Civil Veterinary Department Bengal reports 1933-51 - 1933-1951
Year: 1933
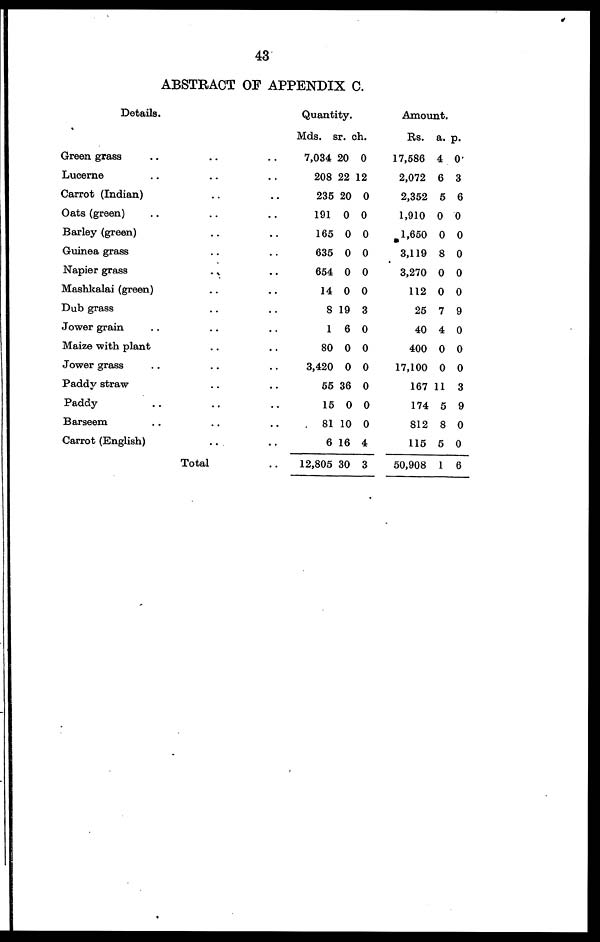
43
ABSTRACT OF APPENDIX C.
Details.
Green grass .. .. ..
Lucerne .. .. ..
Carrot (Indian) .. ..
Oats (green) .. .. ..
Barley (green) .. ..
Guinea grass .. ..
Napier grass .. ..
Mashkalai (green) .. ..
Dub grass.. ..
Jower grain .. .. ..
Maize with plant .. ..
Jower grass .. .. ..
Paddy straw .. ..
Paddy .. .. ..
Barseem .. .. ..
Carrot (English) .. ..
Total ..
Quantity.
Mds.
7,034
208
235
191
165
635
654
14
8
1
80
3,420
55
15
81
6
12,805
sr.
20
22
20
0
0
0
0
0
19
6
0
0
36
0
10
16
30
ch.
0
12
0
0
0
0
0
0
3
0
0
0
0
0
0
4
3
Amount.
Rs.
17,586
2,072
2,352
1,910
1,650
3,119
3,270
112
25
40
400
17,100
167
174
812
115
50,908
a.
4
6
5
0
0
8
0
0
7
4
0
0
11
5
8
5
1
p.
0
3
6
0
0
0
0
0
9
0
0
0
3
9
0
0
6